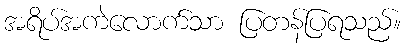
အရိပ်အကဲလောက်သာ ပြတန်ပြရသည်။